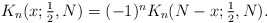
\begin{align*}K_n(x;\textstyle{\frac12},N) = (-1)^n K_n(N-x;\textstyle{\frac12},N).\end{align*}